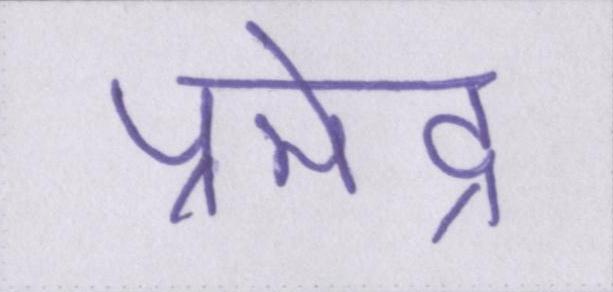
प्रमेंद्र